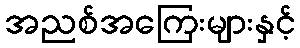
အညစ်အကြေးများနှင့်